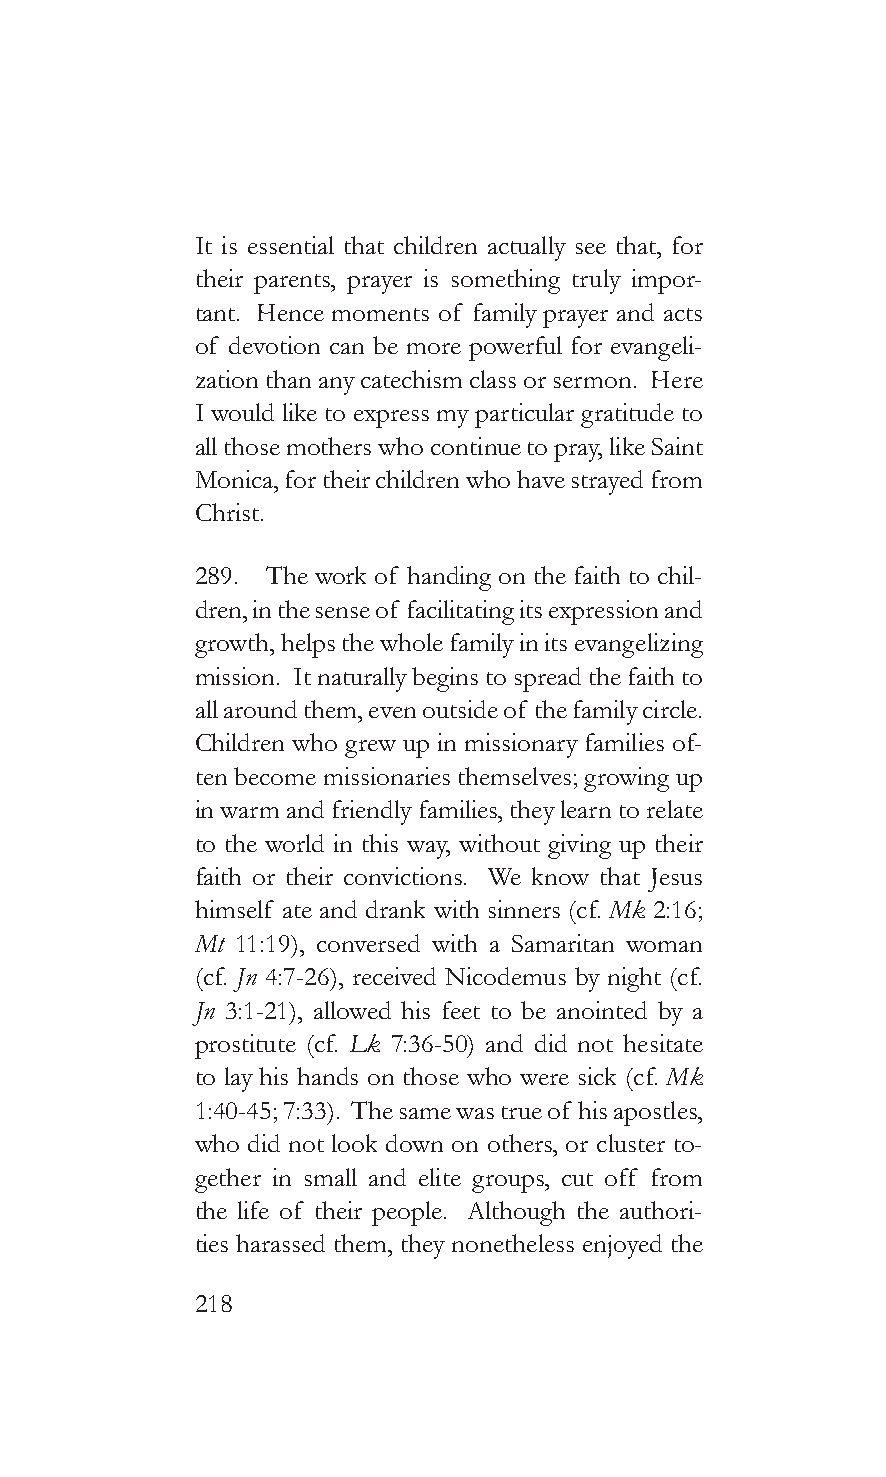
It is essential that children actually see that, for
 their parents, prayer is something truly impor-
 tant. Hence moments of family prayer and acts
 of devotion can be more powerful for evangeli-
 zation than any catechism class or sermon. Here
 I would like to express my particular gratitude to
 all those mothers who continue to pray, like Saint
 Monica, for their children who have strayed from
 Christ.
 289. The work of handing on the faith to chil-
 dren, in the sense of facilitating its expression and
 growth, helps the whole family in its evangelizing
 mission. It naturally begins to spread the faith to
 all around them, even outside of the family circle.
 Children who grew up in missionary families of-
 ten become missionaries themselves; growing up
 in warm and friendly families, they learn to relate
 to the world in this way, without giving up their
 faith or their convictions. We know that Jesus
 himself ate and drank with sinners (cf. Mk 2:16;
 Mt 11:19), conversed with a Samaritan woman
 (cf. Jn 4:7-26), received Nicodemus by night (cf.
 Jn 3:1-21), allowed his feet to be anointed by a
 prostitute (cf. Lk 7:36-50) and did not hesitate
 to lay his hands on those who were sick (cf. Mk
 1:40-45; 7:33). The same was true of his apostles,
 who did not look down on others, or cluster to-
 gether in small and elite groups, cut off from
 the life of their people. Although the authori-
 ties harassed them, they nonetheless enjoyed the
 218